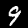
Label: 9